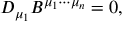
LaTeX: D _ { \mu _ { 1 } } B ^ { \mu _ { 1 } \cdots \mu _ { n } } = 0 ,